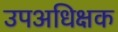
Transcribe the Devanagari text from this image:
उपअधिक्षक